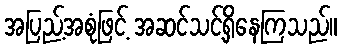
အပြည့်အစုံဖြင့် အဆင်သင့်ရှိနေကြသည်။